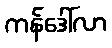
ကန်ဒေါ်လာ